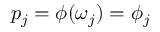
p _ { j } = \phi ( \omega _ { j } ) = \phi _ { j }